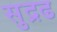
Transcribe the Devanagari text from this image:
सुद्रढ